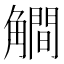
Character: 𰴦